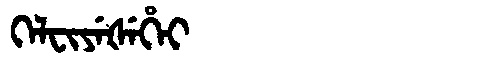
Manchu: ᡴᡝᠯᠸᡳᠶᡝᡧᡝᡥᡝᡳ
Romanization: KELFIYEŠEHEI